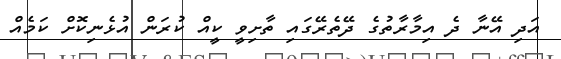
އަދި އޭނާ ދެ އިމާރާތުގެ ދޭތެރޭގައި ތާށިވީ ކީއް ކުރަން އުޅެނިކޮށް ކަމެއް